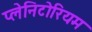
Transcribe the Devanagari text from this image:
प्लेनिटोरियम